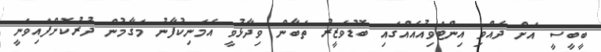
ބީބީސީ އަށް ދެއްވި އިންޓަވިއުއެއްގައި ބޮޑުވަޒީރު ތަބާން ވިދާޅުވީ އެމަނިކުފާނު މަގާމުން ދުރުކޮށްފައިވަނީ